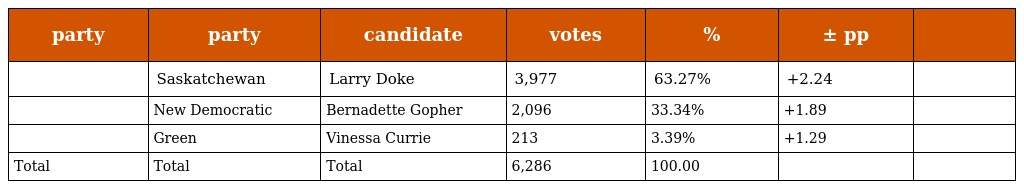
| party | party | candidate | votes | % | ± pp |  |
 | --- | --- | --- | --- | --- | --- | --- |
 |  | Saskatchewan | Larry Doke | 3,977 | 63.27% | +2.24 |  |
 |  | New Democratic | Bernadette Gopher | 2,096 | 33.34% | +1.89 |  |
 |  | Green | Vinessa Currie | 213 | 3.39% | +1.29 |  |
 | Total | Total | Total | 6,286 | 100.00 |  |  |